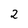
Character: 2